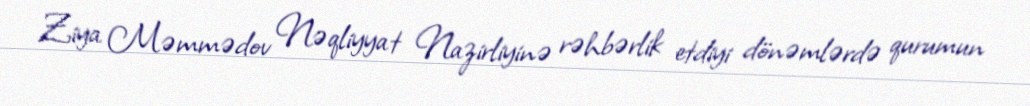
Ziya Məmmədov Nəqliyyat Nazirliyinə rəhbərlik etdiyi dönəmlərdə qurumun